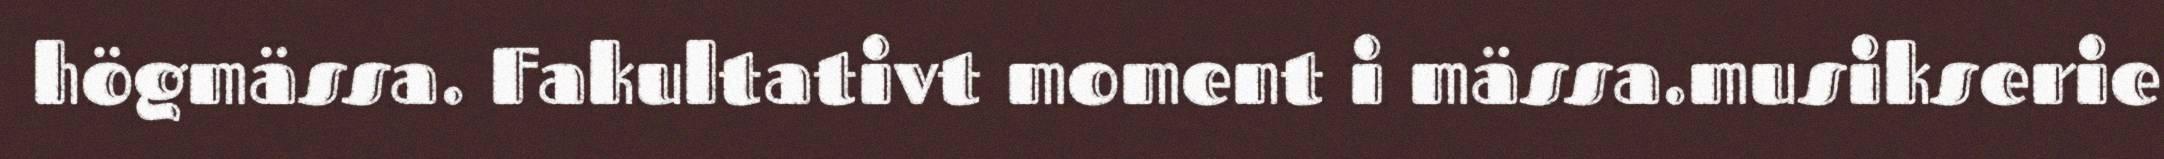
högmässa. Fakultativt moment i mässa.musikserie